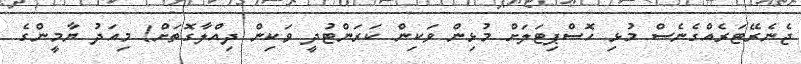
ޖެނެރޭޓަރެއްގެނެސް މުޅި ހޮސްޕިޓަލަށް މުޅިން ވަކިން ކަރަންޓުދީ ވަކިން ދިއްލާގޮތަށް! މިއަދު ޔާމީންގެ